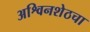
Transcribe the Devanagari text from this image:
अश्विनशेठचा